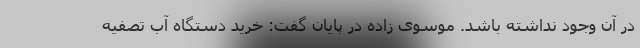
در آن وجود نداشته باشد. موسوی زاده در پایان گفت: خرید دستگاه آب تصفیه